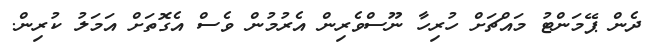
ދެން ޕޭމަންޓު މައްޗަށް ހުރިހާ ނޫސްވެރިން އެރުމުން ވެސް އެގޮތަށް އަމަލު ކުރިން.